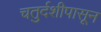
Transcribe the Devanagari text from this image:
चतुर्दशीपासून